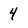
Character: 4